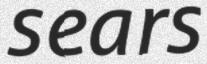
sears